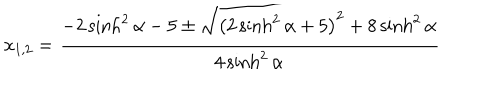
LaTeX: x _ { 1 , 2 } = \frac { - 2 \sinh ^ { 2 } \alpha - 5 \pm \sqrt { \left( 2 \sinh ^ { 2 } { \alpha } + 5 \right) ^ { 2 } + 8 \sinh ^ { 2 } { \alpha } } } { 4 \sinh ^ { 2 } { \alpha } }